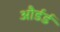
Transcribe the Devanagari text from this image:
और्डर्ड